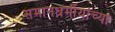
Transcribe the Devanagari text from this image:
समानधर्मीयांच्या